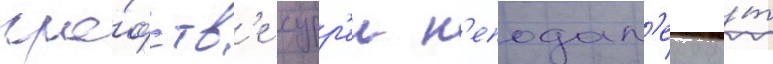
гра́фств'е сурр'еи н'еподал'еку о́т